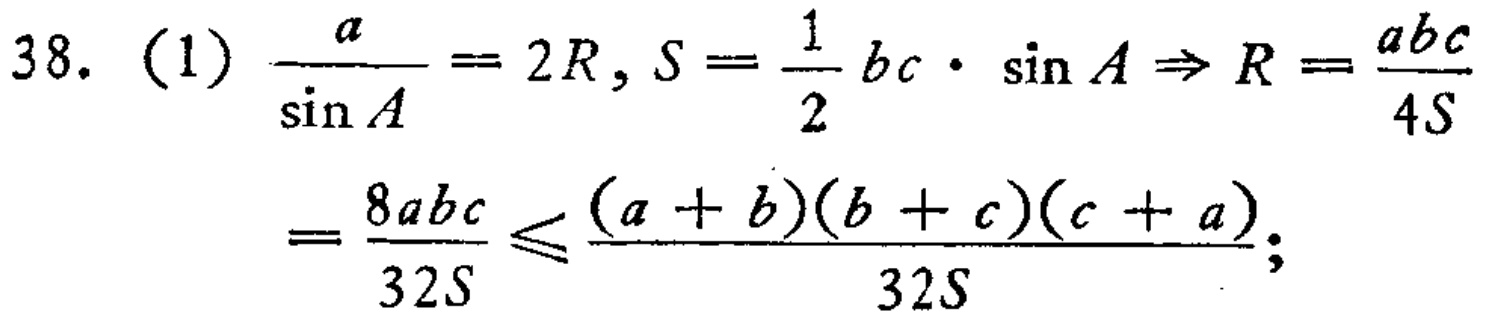
\[
\begin{align*}
38.\ (1)\ \frac{a}{\sin A}&= 2R, S = \frac{1}{2}bc\cdot\sin A\Rightarrow R=\frac{abc}{4S}\\
&=\frac{8abc}{32S}\leq\frac{(a + b)(b + c)(c + a)}{32S};
\end{align*}
\]